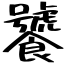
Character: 饕